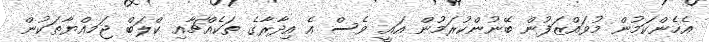
އެހެންކަމުން މުވައްޒަފުން ބޭނުންކުރަމުން އައީ ވެސް އެ އިދާރާގެ ތަކެއްޗާއި ކްލަބް ޖަމއްޔާތަކުން